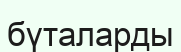
бүталарды